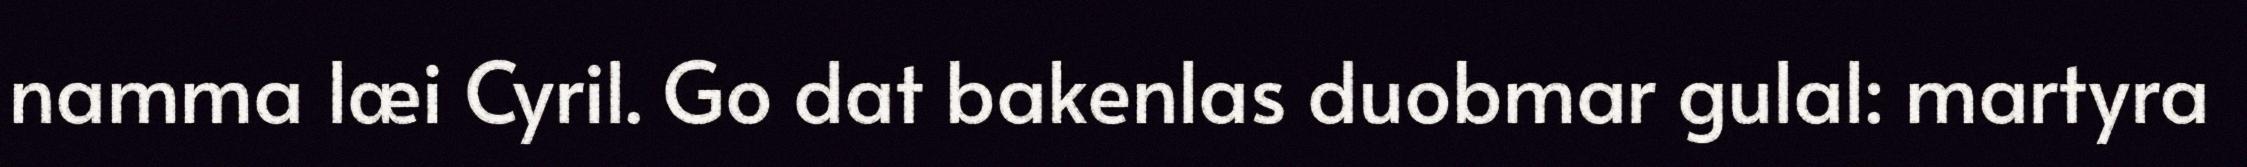
namma læi Cyril. Go dat bakenlas duobmar gulal: martyra